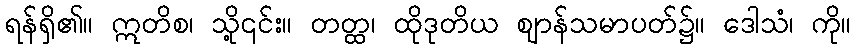
ရန်ရှိ၏။ ဣတိစ၊ သို့၎င်း။ တတ္ထ၊ ထိုဒုတိယ ဈာန်သမာပတ်၌။ ဒေါသံ၊ ကို။